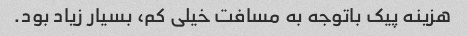
هزینه پیک باتوجه به مسافت خیلی کم، بسیار زیاد بود.